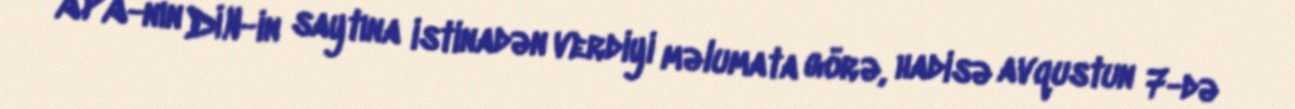
APA-nın DİN-in saytına istinadən verdiyi məlumata görə, hadisə avqustun 7-də